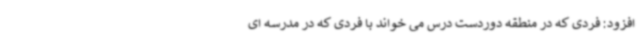
افزود: فردی که در منطقه دوردست درس می خواند با فردی که در مدرسه ای